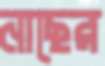
নাছের